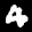
Label: 4